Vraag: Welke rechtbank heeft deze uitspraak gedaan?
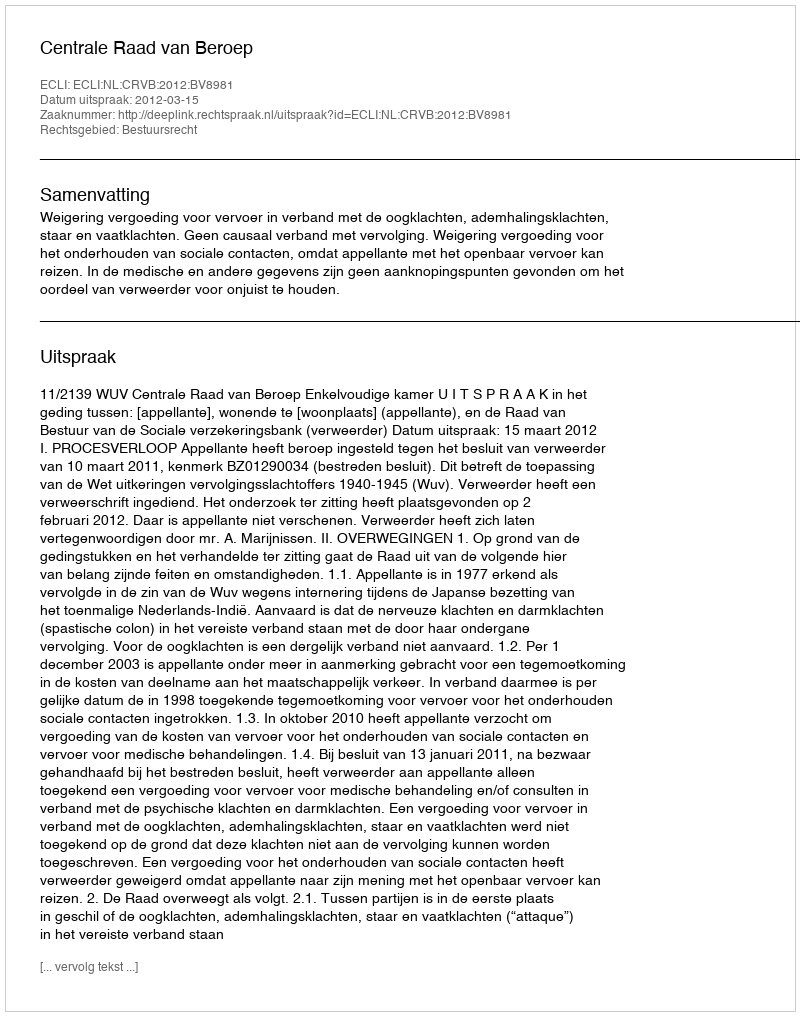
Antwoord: Centrale Raad van Beroep